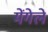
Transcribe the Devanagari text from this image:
मेंगेले